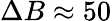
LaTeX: \Delta B\approx 50